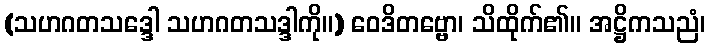
(သဟဂတသဒ္ဒေါ သဟဂတသဒ္ဒါကို။) ဝေဒိတဗ္ဗော၊ သိထိုက်၏။ အဋ္ဌိကသညံ၊